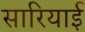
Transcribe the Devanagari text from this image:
सारियाई